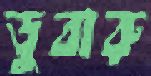
ডুবারু